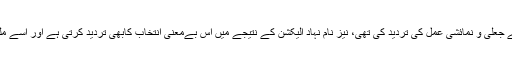
جیسا کہ امارت اسلامیہ نے جارحیت کے زیرسایہ الیکشن کے جعلی و نمائشی عمل کی تردید کی تھی، نیز نام نہاد الیکشن کے نتیجے میں اس بےمعنی انتخاب کابھی تردید کرتی ہے اور اسے ملت کی آنکھوں میں خاک پاشی کی ناکام جدوجہد سمجھتی ہے۔